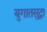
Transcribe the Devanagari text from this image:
युगातसुद्धा